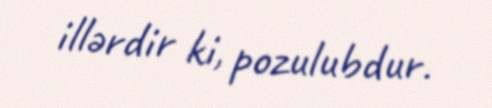
illərdir ki, pozulubdur.